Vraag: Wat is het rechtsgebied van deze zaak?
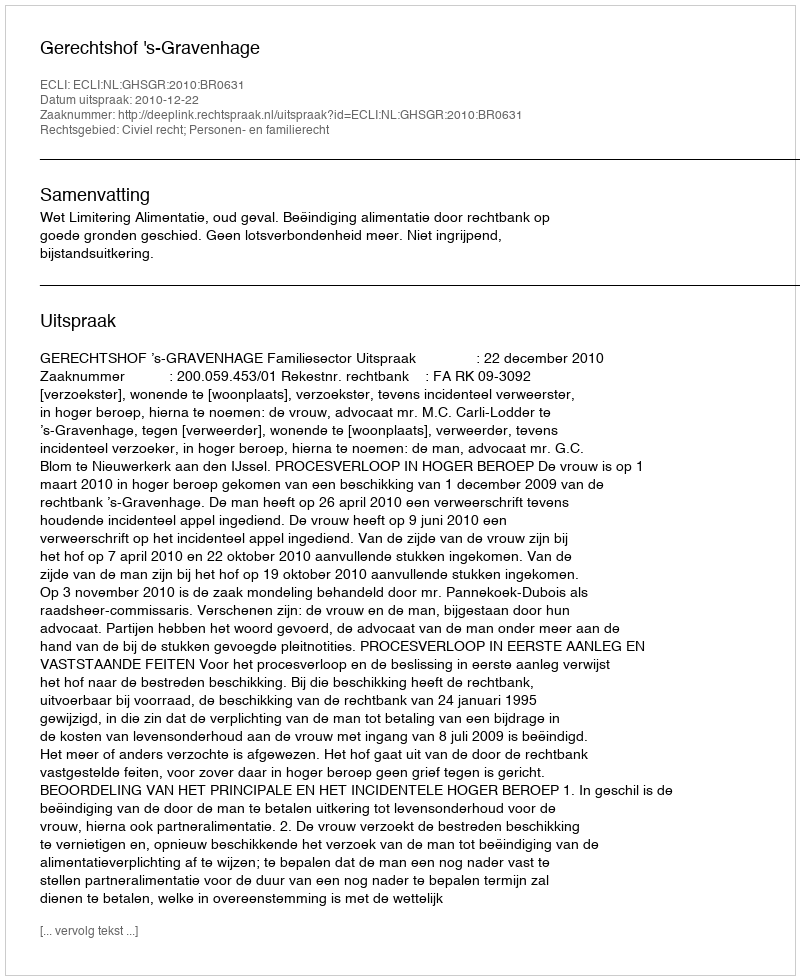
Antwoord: Civiel recht; Personen- en familierecht